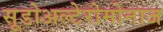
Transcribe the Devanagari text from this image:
सूडोअल्टेरोमोनाज